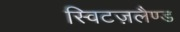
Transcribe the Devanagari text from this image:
स्विटज़लैण्ड